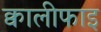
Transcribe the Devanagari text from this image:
क्वालीफाइ